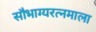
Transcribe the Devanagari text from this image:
सौभाग्यरत्नमाला